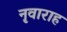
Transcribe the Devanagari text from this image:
नृवाराह